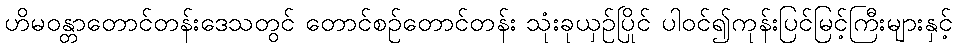
ဟိမဝန္တာတောင်တန်းဒေသတွင် တောင်စဉ်တောင်တန်း သုံးခုယှဉ်ပြိုင် ပါဝင်၍ကုန်းပြင်မြင့်ကြီးများနှင့်